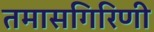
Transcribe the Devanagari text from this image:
तमासगिरिणी